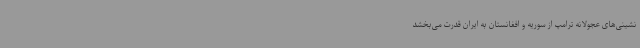
‌نشینی‌های عجولانه ترامپ از سوریه و افغانستان به ایران قدرت می‌بخشد